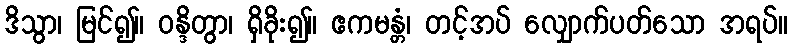
ဒိသွာ၊ မြင်၍။ ဝန္ဒိတွာ၊ ရှိခိုး၍။ ဧကမန္တံ၊ တင့်အပ် လျှောက်ပတ်သော အရပ်။